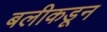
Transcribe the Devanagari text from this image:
बलीकडून